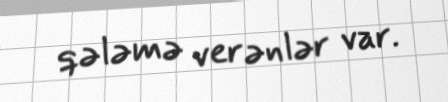
qələmə verənlər var.